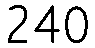
240